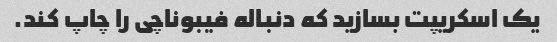
یک اسکریپت بسازید که دنباله فیبوناچی را چاپ کند.